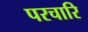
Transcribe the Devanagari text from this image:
परचारि